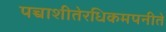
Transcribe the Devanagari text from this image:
पच्चाशीतेरधिकमपनीते